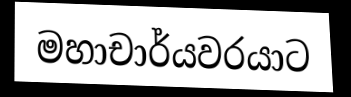
මහාචාර්යවරයාට